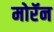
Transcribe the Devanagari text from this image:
मोरॅन